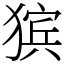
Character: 㺍